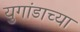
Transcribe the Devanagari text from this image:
युगांडाच्या